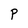
Character: P